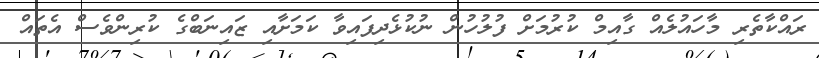
ރައްކާތެރި މާހައުލެއް ގާއިމް ކުރުމަށް ފުލުހުން ނުކުޅެދިފައިވާ ކަމަށާއި ޒައިނަބްގެ ކުރިންވެސް އެތައް